Account of plague administration in the Bombay Presidency from September 1896 till May 1897
Year: 1896
Disease focus: Plague
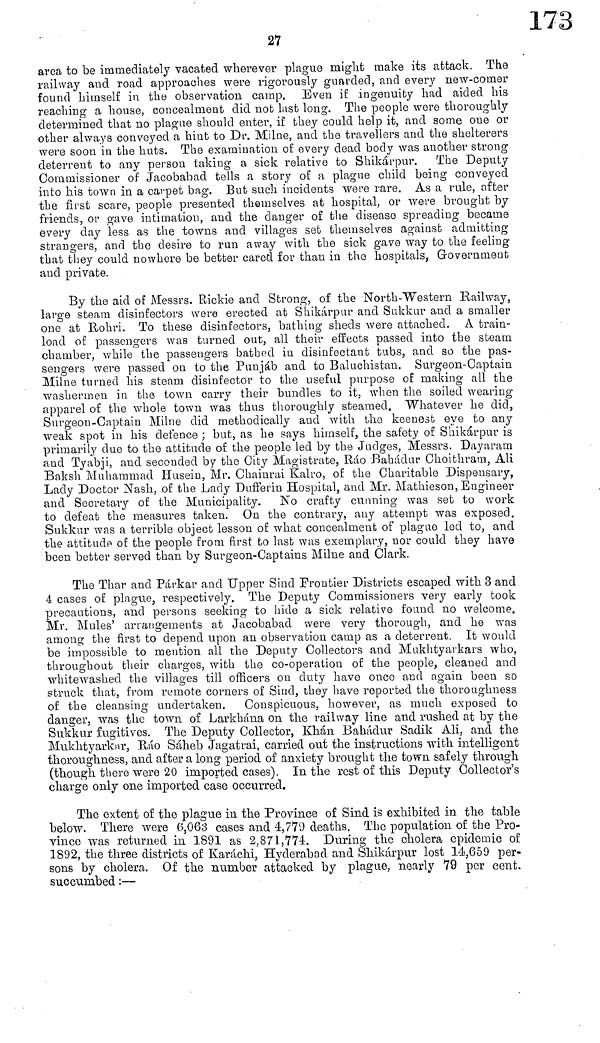
27
area to be immediately vacated wherever plague might make its attack. The
railway and road approaches were rigorously guarded, and every new-comer
found himself in the observation camp. Even if ingenuity had aided his
reaching a house, concealment did not last long. The people were thoroughly
determined that no plague should enter, if they could help it, and some one or
other always conveyed a hint to Dr. Milne, and the travellers and the shelterers
were soon in the huts. The examination of every dead body was another strong
deterrent to any person taking a sick relative to Shikárpur. The Deputy
Commissioner of Jacobabad tells a story of a plague child being conveyed
into his town in a carpet bag. But such incidents were rare. As a rule, after
the first scare, people presented themselves at hospital, or were brought by
friends, or gave intimation, and the danger of the disease spreading became
every day less as the towns and villages set themselves against admitting
strangers, and the desire to run away with the sick gave way to the feeling
that they could nowhere be better cared for than in the hospitals, Government
and private.
By the aid of Messrs. Rickie and Strong, of the North-Western Railway,
large steam disinfectors were erected at Shikárpur and Sukkur and a smaller
one at Rohri. To these disinfectors, bathing sheds were attached. A train-
load of passengers was turned out, all their effects passed into the steam
chamber, while the passengers bathed in disinfectant tubs, and so the pas-
sengers were passed on to the Punjab and to Baluchistan. Surgeon-Captain
Milne turned his steam disinfector to the useful purpose of making all the
washermen in the town carry their bundles to it. when the soiled wearing
apparel of the whole town was thus thoroughly steamed. Whatever he did,
Surgeon-Captain Milne did methodically and with the keenest eye to any
weak spot in his defence ; but, as he says himself, the safety of Shikárpur is
primarily due to the attitude of the people led by the Judges, Messrs. Dayaram
and Tyabji, and seconded by the City Magistrate, Ráo Bahádur Choithrara, Ali
Baksh Muhammad Husein, Mr. Chainrai Kairo, of the Charitable Dispensary,
Lady Doctor Nash, of the Lady Dufferin Hospital, and Mr. Mathieson, Engineer
and Secretary of the Municipality. No crafty cunning was set to work
to defeat the measures taken. On the contrary, any attempt was exposed.
Sukkur was a terrible object lesson of what concealment of plague led to, and
the attitude of the people from first to last was exemplary, nor could they have
been better served than by Surgeon-Captains Milne and Clark.
The Thar and Párkar and Upper Sind Frontier Districts escaped with 3 and
4 cases of plague, respectively. The Deputy Commissioners very early took
precautions, and persons seeking to hide a sick relative found no welcome.
Mr. Mules' arrangements at Jacobabad were very thorough, and he was
among the first to depend upon an observation camp as a deterrent. It would
be impossible to mention all the Deputy Collectors and Mukhtyarkars who,
throughout their charges, with the co-operation of the people, cleaned and
whitewashed the villages till officers on duty have once and again been so
struck that, from remote corners of Sind, they have reported the thoroughness
of the cleansing undertaken. Conspicuous, however, as much exposed to
danger, was the town of Larkhana on the railway line and rushed at by the
Sukkur fugitives. The Deputy Collector, Khán Bahádur Sadik Ali, and the
Mukhtyarkar, Rao Sáheb Jagatrai, carried out the instructions with intelligent
thoroughness, and after a long period of anxiety brought the town safely through
(though there were 20 imported cases). In the rest of this Deputy Collector's
charge only one imported case occurred.
The extent of the plague in the Province of Sind is exhibited in the table
below. There were 6,063 cases and 4,779 deaths. The population of the Pro-
vince was returned in 1891 as 2, 871,774. During the cholera epidemic of
1892, the three districts of Karachi, Hyderabad and Shikárpur lost 14,659 per-
sons by cholera. Of the number attacked by plague, nearly 79 per cent.
succumbed :—